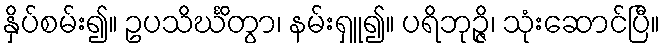
နှိပ်စမ်း၍။ ဥပသိင်္ဃိတွာ၊ နမ်းရှူ၍။ ပရိဘုဉ္ဇိ၊ သုံးဆောင်ပြီ။